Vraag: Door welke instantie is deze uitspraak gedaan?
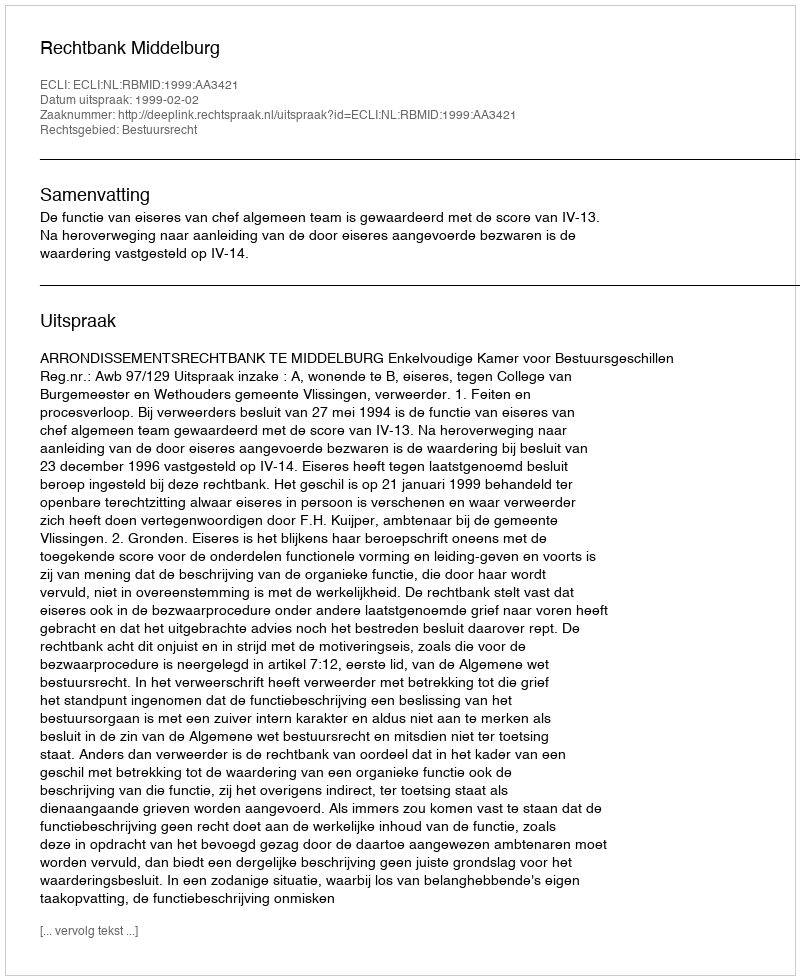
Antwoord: Rechtbank Middelburg